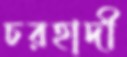
চরহাদী